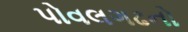
પોવલગઢનો